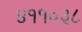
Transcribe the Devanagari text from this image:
४११०३८